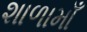
શાળામાઁ